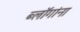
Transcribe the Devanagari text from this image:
ब्लॉगांना